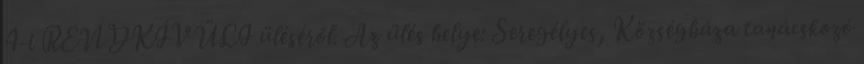
4-i RENDKÍVÜLI üléséről. Az ülés helye: Seregélyes, Községháza tanácskozó